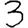
Digit: 3